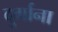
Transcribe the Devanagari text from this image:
दुर्गाना